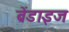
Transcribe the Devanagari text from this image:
ब्रेंडाइज